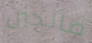
صالحين